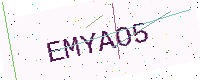
Text: EMYAO5